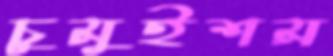
চুমুইশম